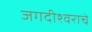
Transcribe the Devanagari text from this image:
जगदीश्वराचे